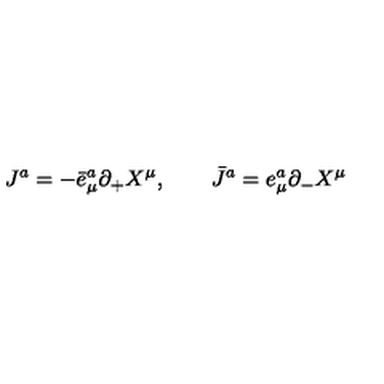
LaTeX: J ^ { a } = - \bar { e } _ { \mu } ^ { a } \partial _ { + } X ^ { \mu } , \qquad \bar { J } ^ { a } = e _ { \mu } ^ { a } \partial _ { - } X ^ { \mu }